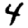
Digit: 4